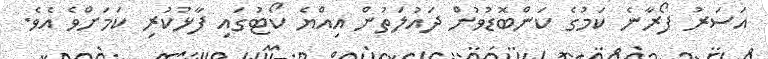
އަސަރު ފޯރާނެ ކަމުގެ ކަންބޮޑުވުން ދައުލަތުން އިއްޔެ ކޯޓުގައި ފާޅުކުރި ކަމަށްވެ އެވެ.